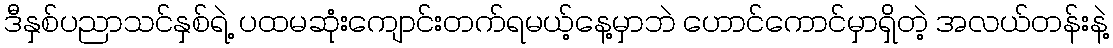
ဒီနှစ်ပညာသင်နှစ်ရဲ့ ပထမဆုံးကျောင်းတက်ရမယ့်နေ့မှာဘဲ ဟောင်ကောင်မှာရှိတဲ့ အလယ်တန်းနဲ့